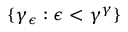
\{ \gamma _ { \epsilon } : \epsilon < \gamma ^ { \gamma } \}